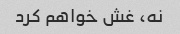
نه، غش خواهم کرد